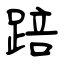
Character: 踣